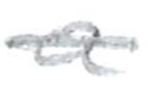
Text: a
Cross-out: mix
Writing tool: pencil